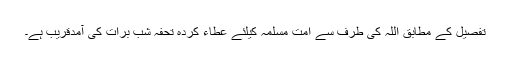
تفصیل کے مطابق اللہ کی طرف سے امت مسلمہ کیلئے عطاء کردہ تحفہ شب برات کی آمدقریب ہے۔